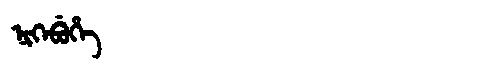
Manchu: ᠨᡳᡴᡝᠪᡠᡥᡝ
Romanization: NIKEBUHE